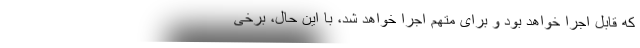
که قابل اجرا خواهد بود و برای متهم اجرا خواهد شد، با این حال، برخی